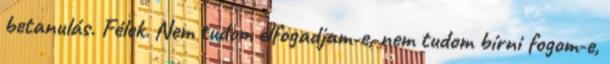
betanulás. Félek. Nem tudom elfogadjam-e, nem tudom bírni fogom-e,